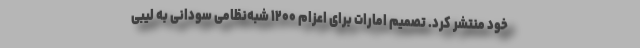
خود منتشر کرد. تصمیم امارات برای اعزام ۱۲۰۰ شبه‌نظامی سودانی به لیبی